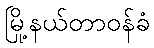
မြို့နယ်တာဝန်ခံ